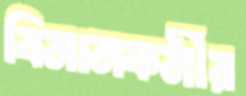
বিমানকর্মীর